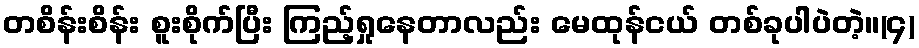
တစိန်းစိန်း စူးစိုက်ပြီး ကြည့်ရှုနေတာလည်း မေထုန်ငယ် တစ်ခုပါပဲတဲ့။(၄)